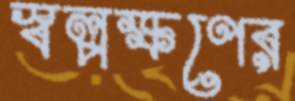
স্বল্পক্ষণের